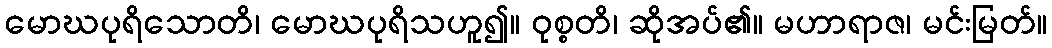
မောဃပုရိသောတိ၊ မောဃပုရိသဟူ၍။ ဝုစ္စတိ၊ ဆိုအပ်၏။ မဟာရာဇ၊ မင်းမြတ်။